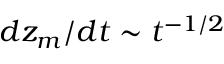
d z _ { m } / d t \sim t ^ { - 1 / 2 }